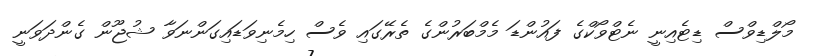
މޯލްޑިވްސް ޑިޓެއިނީ ނެޓްވޯކްގެ ފައުންޑަ މެމްބަރުންގެ ތެރޭގައި ވެސް ހިމެނިވަޑައިގަންނަވާ ޝުޖޫން ގެންދަވަނީ